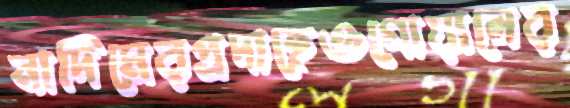
নাদিমেরপ্রদাহেওগোয়ালের